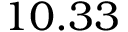
1 0 . 3 3